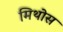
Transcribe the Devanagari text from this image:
मिथोस